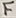
Text: F